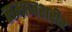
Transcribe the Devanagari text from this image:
समाजशरीर